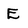
Character: E